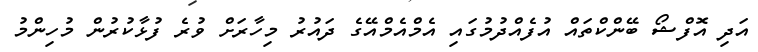
އަދި އޮފްޝޯ ބޭންކްތައް އުފެއްދުމުގައި އެމްއެމްއޭގެ ދައުރު މިހާރަށް ވުރެ ފުޅާކުރުން މުހިންމު